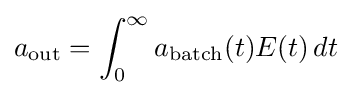
a_{\mathrm {out} }=\int _{0}^{\infty }a_{\mathrm {batch} }(t)E(t)\,dt